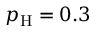
p _ { \mathrm { H } } = 0 . 3